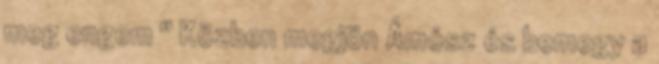
meg engem " Közben megjön Ámósz és bemegy a